First report of the anti-malarial operations at Mian Mir, 1901-1903 - Number 6
Year: 1901
Disease focus: Malaria
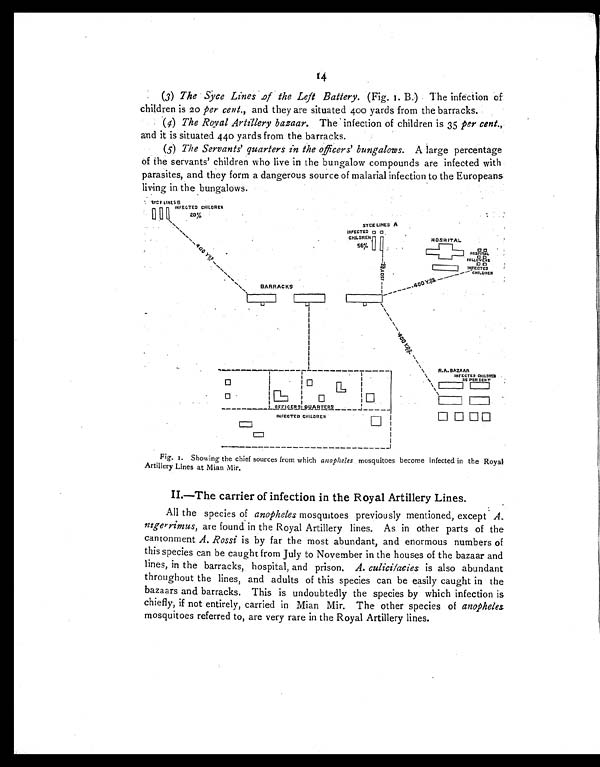
14
(3) The Syce Lines of the Left Battery. (Fig. I. B.) The infection of
children is 20 per cent., and they are situated 400 yards from the barracks.
(4) The Royal Artillery bazaar. The infection of children is 35 per cent.,
and it is situated 440 yards from the barracks.
(5) The Servants' quarters in the officers' bungalows. A large percentage
of the servants' children who live in the bungalow compounds are infected with
parasites, and they form a dangerous source of malarial infection to the Europeans
living in the bungalows.
Fig. I. Showing the chief sources from which anopheles mosquitoes become infected in the Royal
Artillery Lines at Mian Mir.
II.—The carrier of infection in the Royal Artillery Lines.
All the species of anopheles mosquitoes previously mentioned, except A.
nigerrimus, are found in the Royal Artillery lines. As in other parts of the
cantonment A. Rossi is by far the most abundant, and enormous numbers of
this species can be caught from July to November in the houses of the bazaar and
lines, in the barracks, hospital, and prison. A. culicifacies is also abundant
throughout the lines, and adults of this species can be easily caught in the
bazaars and barracks. This is undoubtedly the species by which infection is
chiefly, if not entirely, carried in Mian Mir. The other species of anopheles.
mosquitoes referred to, are very rare in the Royal Artillery lines.